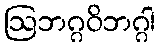
ဩဘဂ္ဂဝိဘဂ္ဂါ